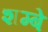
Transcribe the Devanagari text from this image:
शम्बे